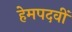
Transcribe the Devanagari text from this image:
हेमपदवीं